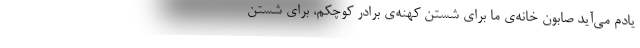
یادم می‌آید صابون خانه‌ی ما برای شستن کهنه‌ی برادر کوچکم، برای شستن